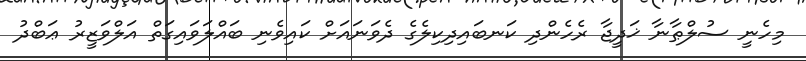
މިހެނީ ސުލްޠާނާ ޚަދީޖާ ރެހެންދި ކަނބައިދިކިލެގެ ދެވަނައަށް ކައިވެނި ބައްލަވައިގަތް އަލްވަޒީރު ޢަބްދު